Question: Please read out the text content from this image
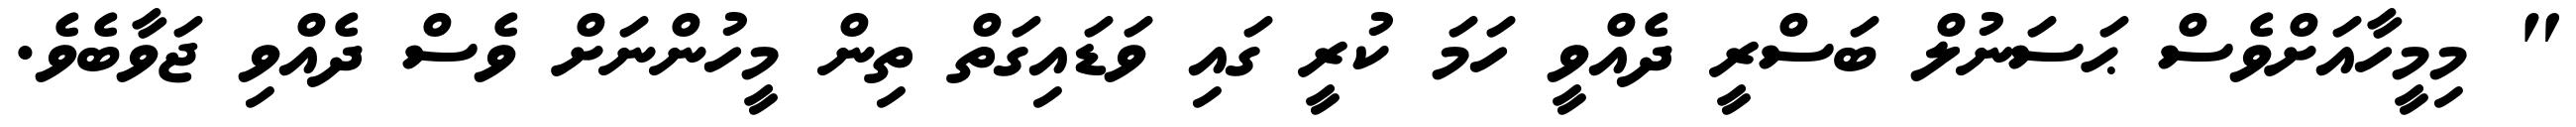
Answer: " މިމީހާއަށްވެސް ޙަސަނުލް ބަސްރީ ދެއްވީ ހަމަ ކުރީ ގައި ވަޑައިގަތް ތިން މީހުންނަށް ވެސް ދެއްވި ޖަވާބެވެ.